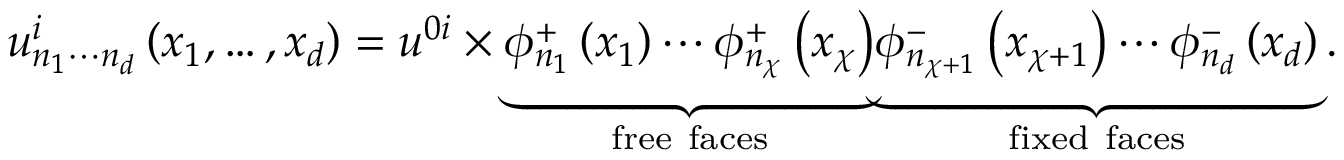
u _ { n _ { 1 } \cdots n _ { d } } ^ { i } \left( x _ { 1 } , \ldots , x _ { d } \right) = u ^ { 0 i } \times \underset { \mathrm { f r e e ~ f a c e s } } { \underbrace { \phi _ { n _ { 1 } } ^ { + } \left( x _ { 1 } \right) \cdots \phi _ { n _ { \chi } } ^ { + } \left( x _ { \chi } \right) } } \underset { \mathrm { f i x e d ~ f a c e s } } { \underbrace { \phi _ { n _ { \chi + 1 } } ^ { - } \left( x _ { \chi + 1 } \right) \cdots \phi _ { n _ { d } } ^ { - } \left( x _ { d } \right) } } \, .